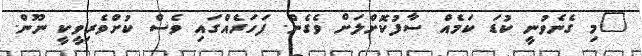
"މި ގެނެވުނީ ކުޑަ ކަމެއް ސާފުކޮށްލަށް ވެގެން. ފަހަރެއްގައި ވެސް ކުށްވެރިވީކީ ނޫން.